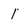
Character: 1